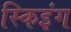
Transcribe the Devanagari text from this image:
स्किइंग